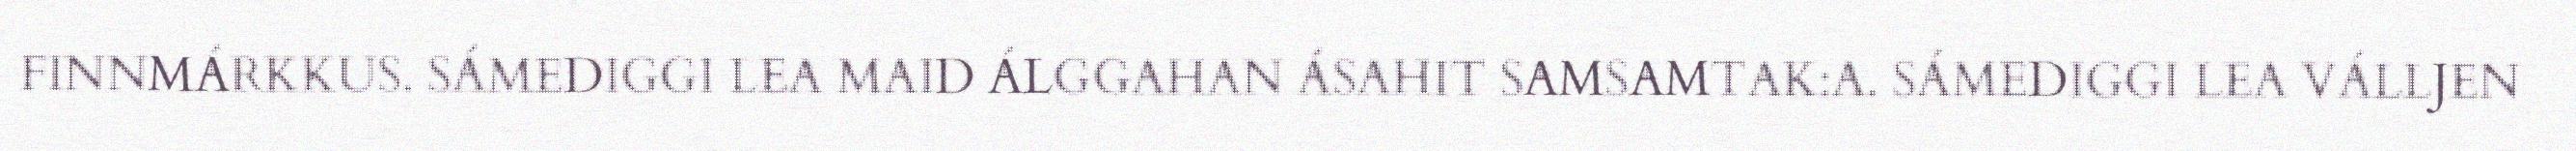
FINNMÁRKKUS. SÁMEDIGGI LEA MAID ÁLGGAHAN ÁSAHIT SAMSAMTAK:A. SÁMEDIGGI LEA VÁLLJEN